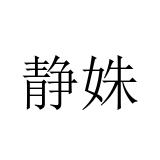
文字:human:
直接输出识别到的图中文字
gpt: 静姝